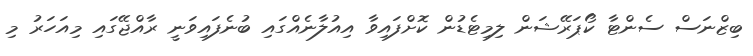
ބިޒްނަސް ސެންޓާ ކޯޕަރޭޝަން ލިމިޓެޑުން ކޮށްފައިވާ އިއުލާނެއްގައި ބުނެފައިވަނީ ރާއްޖޭގައި މިއަހަރު މި